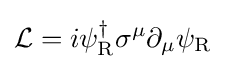
{\mathcal {L}}=i\psi _{\rm {R}}^{\dagger }\sigma ^{\mu }\partial _{\mu }\psi _{\rm {R}}~